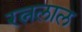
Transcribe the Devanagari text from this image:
रत्नलाल